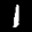
Digit: 1